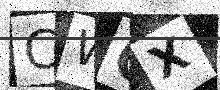
Text: CWGX